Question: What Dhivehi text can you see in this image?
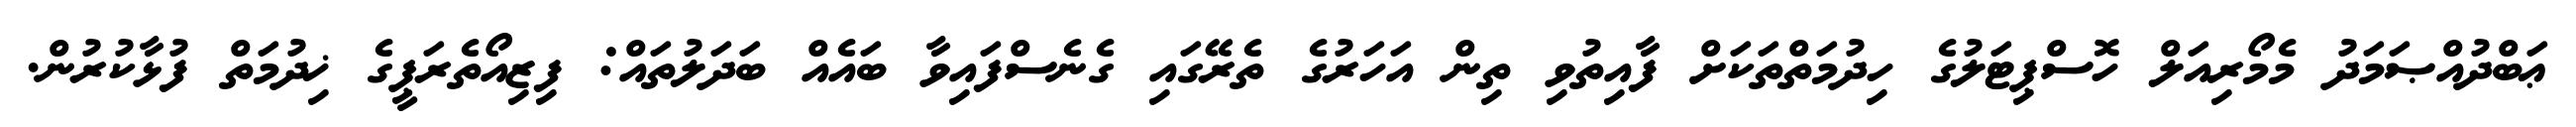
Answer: ޢަބްދުއްޞަމަދު މެމޯރިއަލް ހޮސްޕިޓަލުގެ ހިދުމަތްތަކަށް ފާއިތުވި ތިން އަހަރުގެ ތެރޭގައި ގެނެސްފައިވާ ބައެއް ބަދަލުތައް: ފިޒިއޯތެރަޕީގެ ޚިދުމަތް ފުޅާކުރުން.